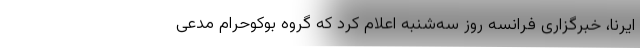
ایرنا، خبرگزاری فرانسه روز سه‌شنبه اعلام کرد که گروه بوکوحرام مدعی